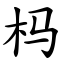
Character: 杩